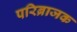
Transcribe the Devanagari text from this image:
परिब्राजक